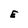
Character: E